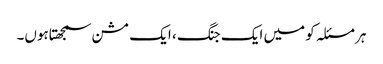
ہر مسئلہ کو میں ایک جنگ ، ایک مشن سمجھتاہوں۔